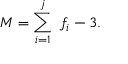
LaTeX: M = \sum _ { i = 1 } ^ { j } \ f _ { i } - 3 .